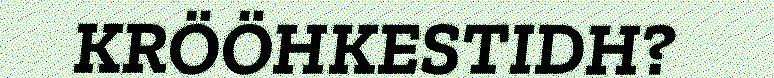
KRÖÖHKESTIDH?